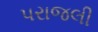
પરાજલી